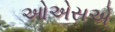
ઓએસએ